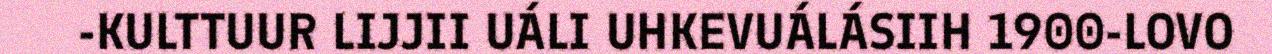
-KULTTUUR LIJJII UÁLI UHKEVUÁLÁSIIH 1900-LOVO